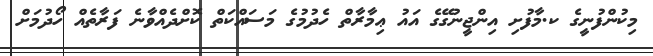
މިކުންފުނީގެ ކ.މާފުށި އިންޖީނުގޭގެ އައު ޢިމާރާތް ހެދުމުގެ މަސައްކަތް ކޮށްދެއްވާނެ ފަރާތެއް ހޯދުމަށް